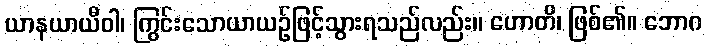
ယာနယာယီဝါ၊ ကြွင်းသောယာယဉ်ဖြင့်သွားရသည်လည်း။ ဟောတိ၊ ဖြစ်၏။ ဘောဂ